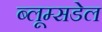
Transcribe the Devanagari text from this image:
ब्लूम्सडेल